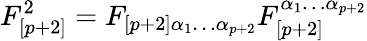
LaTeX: F_{[p+2]}^{2}=F_{\left[p+2\right]\alpha_{1}\dots\alpha_{p+2}}F_{[p+2]}^{\alpha_{1}\dots\alpha_{p+2}}